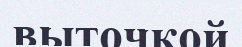
выточкой